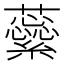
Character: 𧄜